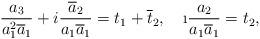
LaTeX: \begin{align*}\aligned\frac{a_3}{a_1^2\overline a_1}+i\frac{\overline a_2}{a_1\overline a_1}=t_1+\overline t_2, \ \ \ \i\frac{a_2}{a_1\overline a_1}=t_2,\endaligned\end{align*}